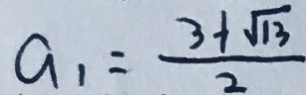
a _ { 1 } = \frac { 3 + \sqrt { 1 3 } } { 2 }